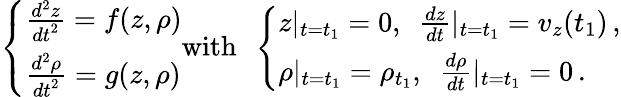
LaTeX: \left\{ \begin{array}{ll}{\frac{d^{2}z}{{dt}^{2}}=f(z,\rho)}\\ {\frac{d^{2}\rho}{{dt}^{2}}=g(z,\rho)}\end{array}\right.\mathrm{with}\ \ \left\{ \begin{array}{ll}{z|_{t=t_{1}}=0,\ \ \frac{dz}{dt}|_{t=t_{1}}=v_{z}(t_{1})\, ,}\\ {\rho|_{t=t_{1}}=\rho_{t_{1}},\ \ \frac{d\rho}{dt}|_{t=t_{1}}=0\, .}\end{array}\right.